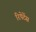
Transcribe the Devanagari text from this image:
रिपेटेंस